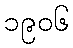
၁၉၀၆